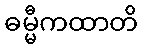
ဓမ္မီကထာတိ